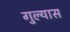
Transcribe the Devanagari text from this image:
गुल्यास